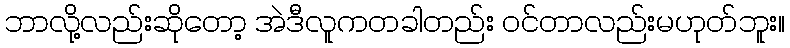
ဘာလို့လည်းဆိုတော့ အဲဒီလူကတခါတည်း ဝင်တာလည်းမဟုတ်ဘူး။